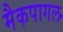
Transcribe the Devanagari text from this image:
मैकपागल